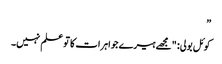
”
کوئل بولی: "مجھے ہیرے جواہرات کا تو علم نہیں۔